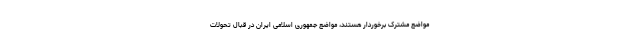
مواضع مشترک برخوردار هستند، مواضع جمهوری اسلامی ایران در قبال تحولات